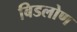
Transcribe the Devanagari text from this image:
बिडलोण